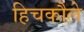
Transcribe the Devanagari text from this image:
हिचकौले